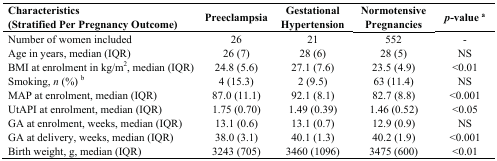
<table><thead><tr><td><b>Characteristics (Stratified Per Pregnancy Outcome)</b></td><td><b>Preeclampsia</b></td><td><b>Gestational Hypertension</b></td><td><b>Normotensive Pregnancies</b></td><td><b><i>p</i>-value <sup>a</sup></b></td></tr></thead><tbody><tr><td>Number of women included</td><td>26</td><td>21</td><td>552</td><td>-</td></tr><tr><td>Age in years, median (IQR)</td><td>26 (7)</td><td>28 (6)</td><td>28 (5)</td><td>NS</td></tr><tr><td>BMI at enrolment in kg/m<sup>2</sup>, median (IQR)</td><td>24.8 (5.6)</td><td>27.1 (7.6)</td><td>23.5 (4.9)</td><td>&lt;0.01</td></tr><tr><td>Smoking, <i>n</i> (%) <sup>b</sup></td><td>4 (15.3)</td><td>2 (9.5)</td><td>63 (11.4)</td><td>NS</td></tr><tr><td>MAP at enrolment, median (IQR)</td><td>87.0 (11.1)</td><td>92.1 (8.1)</td><td>82.7 (8.8)</td><td>&lt;0.001</td></tr><tr><td>UtAPI at enrolment, median (IQR)</td><td>1.75 (0.70)</td><td>1.49 (0.39)</td><td>1.46 (0.52)</td><td>&lt;0.05</td></tr><tr><td>GA at enrolment, weeks, median (IQR)</td><td>13.1 (0.6)</td><td>13.1 (0.7)</td><td>12.9 (0.9)</td><td>NS</td></tr><tr><td>GA at delivery, weeks, median (IQR)</td><td>38.0 (3.1)</td><td>40.1 (1.3)</td><td>40.2 (1.9)</td><td>&lt;0.001</td></tr><tr><td>Birth weight, g, median (IQR)</td><td>3243 (705)</td><td>3460 (1096)</td><td>3475 (600)</td><td>&lt;0.01</td></tr></tbody></table>